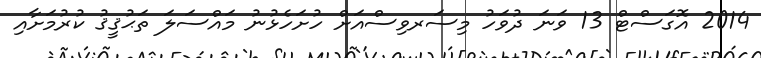
2014 އޮގަސްޓް 13 ވަނަ ދުވަހު މިސަރވިސްއަށް ހުށަހެޅުނު މައްސަލަ ތަޙުޤީޤު ކުރުމަށާއި